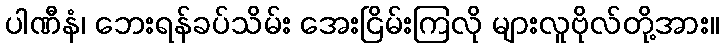
ပါဏီနံ၊ ဘေးရန်ခပ်သိမ်း အေးငြိမ်းကြလို များလူဗိုလ်တို့အား။